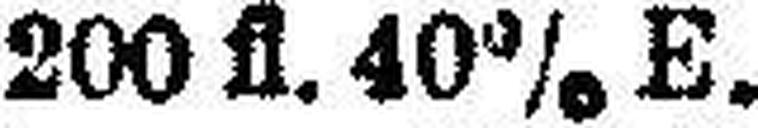
„ „ 200 fl. 40% E.